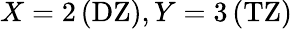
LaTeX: X=2\, (\mathrm{DZ}),Y=3\, (\mathrm{TZ})